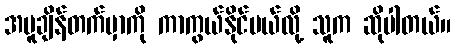
အပူချိန်တက်မှာကို ကာကွယ်နိုင်မယ်လို့ သူက ဆိုပါတယ်။